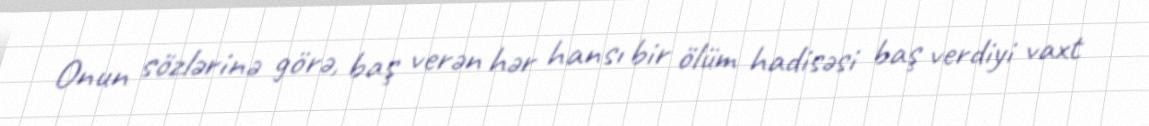
Onun sözlərinə görə, baş verən hər hansı bir ölüm hadisəsi baş verdiyi vaxt